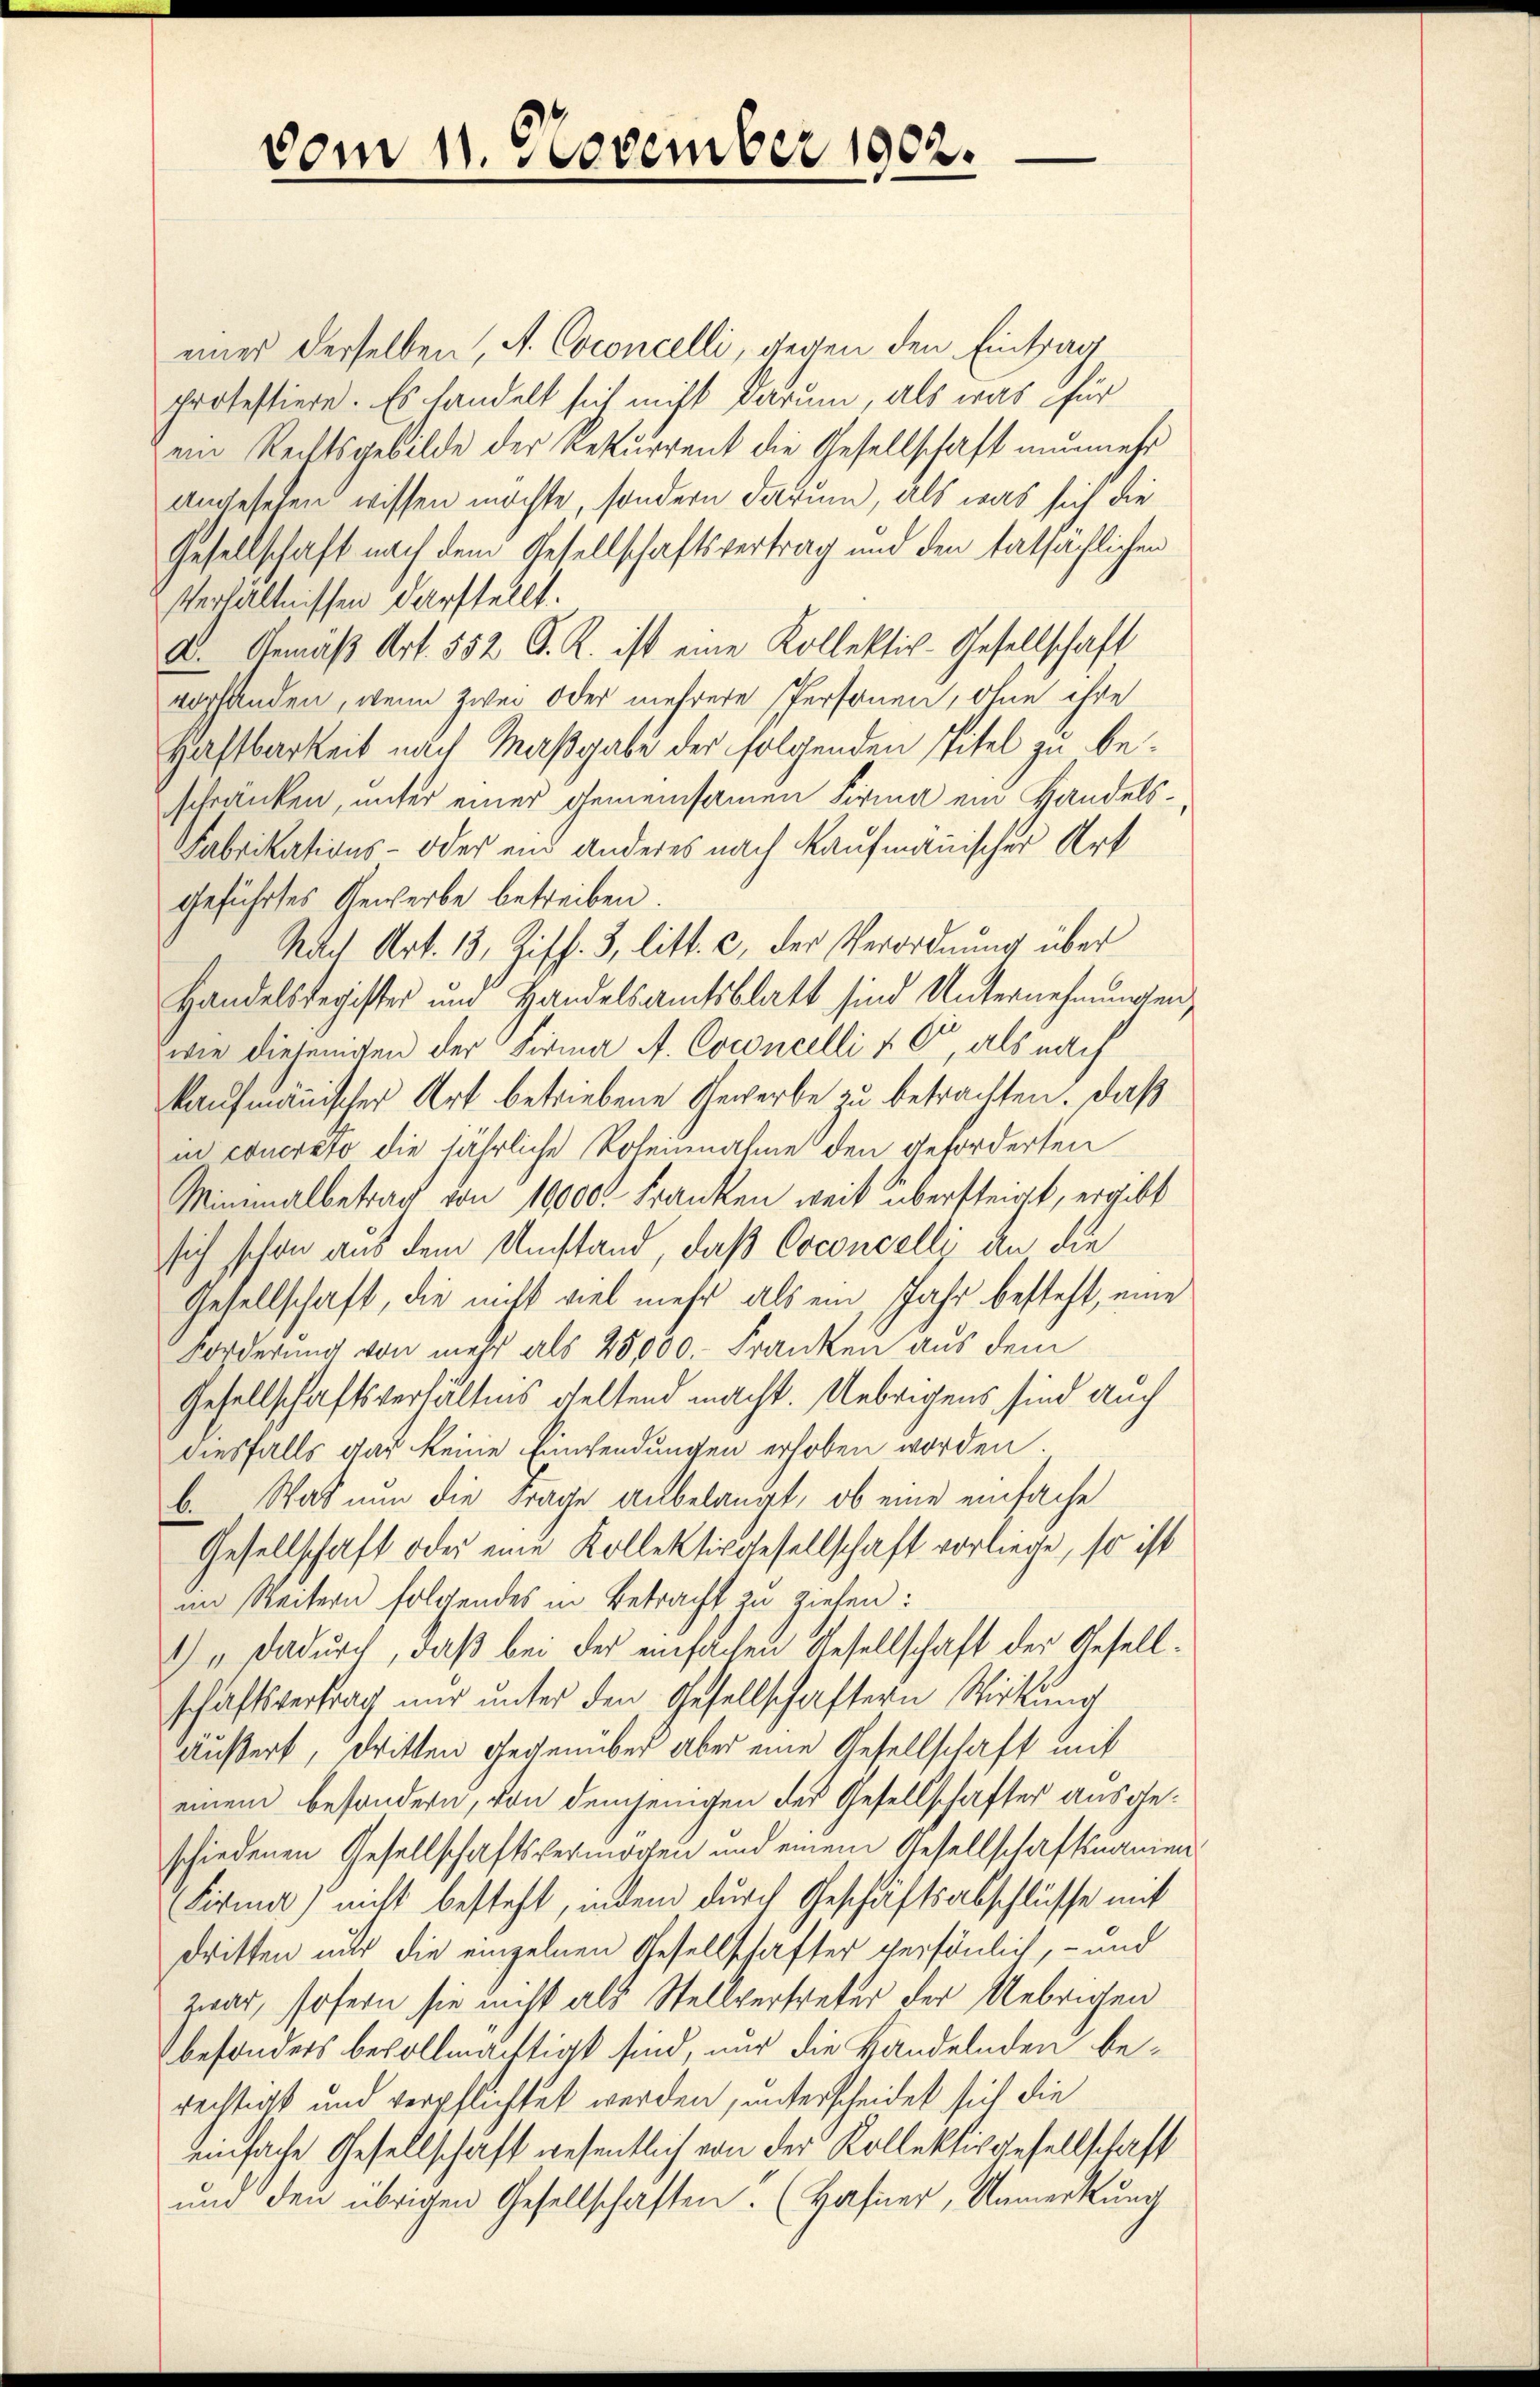
vom 11. November 1902.

einer derselben, A. Coconcelli, gegen den Eintrag
protestiere. Es handelt sich nicht darum, als was für
ein Rechtsgebilde der Rekurrent die Gesellschaft nunmehr
Angesehen wissen möchte, sondern darum, als was sich die
Gesellschaft nach dem Gesellschaftsvertrag und den tatsächlichen
Verhältnissen darstellt.
A. Gemäβ Art. 552 S. R. ist eine Kollektiv-Gesellschaft
vorhanden, wenn zwei oder mehrere Personen, ohne ihre
Haftbarkeit nach Maßgabe der folgenden Titel zu beschränken, unter einer gemeinsamen Firma ein Handels¬
Fabrikations- oder ein anderes nach Kaufmännischer Art
geführtes Gewerbe betreiben.
Nach Art. 13, Ziff. 3, litt. c, der Verordnung über
Handelsregister und Handelsamtsblatt sind Unternehmungen,
wie diesenten der Firma A. Coconcelli v. C, als nach
kaufmännischer Art betriebene Gewerbe zu betrachten. Daß
in coucrato die jährliche Poleinnahme den geforderten
Minimalbetrag von 10000. Franken weit übersteigt, ergibt
sich schon aus dem Umstand, daß Coconcelli an die
Gesellschaft, die nicht viel mehr als ein, Jahr besteht, eine
Forderung von mehr als 25000.- Franken aus dem
Gesellschaftsverhältnis geltend macht. Uebrigens sind auch
diesfalls gar keine Einwendungen erhoben worden.
b. Was nun die Frage anbelangt, ob eine einfache
Gesellschaft oder eine Kollektivgesellschaft vorliege, so ist
im Weitern folgendes in Betracht zu ziehen:
1) „ dadurch, daß bei der einfachen Gesellschaft der Gesellschäftsvertrag nur unter den Gesellschaftern Wirkung
Äußert, dritten Gegenüber aber eine Gesellschaft mit
einem besondern, von demjenigen des Gesellschafter ausgeschiedenen Gesellschaftsvermögen und einem Gesellschaftsnamen¬
Firma nicht besteht, indem durch Geschäftsabschlüsse mit
dritten nur die einzelnen Gesellschafter persönlich, - und
zwar, sofern sie nicht als Stellverspeter der Uebrigen
besonders bevollmächtigt sind, nur die Handelnden berechtigt und verpflichtet werden, unterscheidet sich die
einfache Gesellschaft wesentlich von der Kollektivgesellschaft
und den übrigen Gesellschaften. (Hafner, Anmerkung